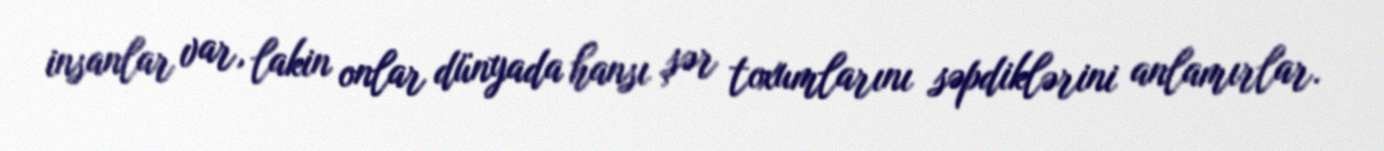
insanlar var, lakin onlar dünyada hansı şər toxumlarını səpdiklərini anlamırlar.